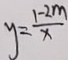
y = \frac { 1 - 2 m } { x }